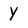
Character: Y